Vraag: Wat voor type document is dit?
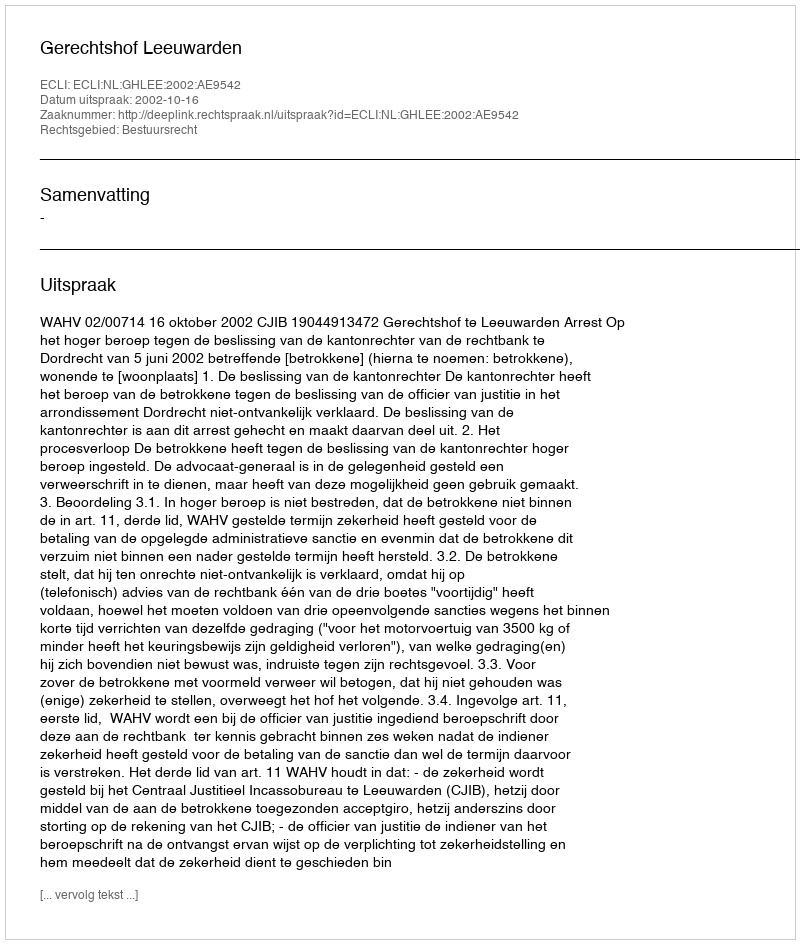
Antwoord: Uitspraak